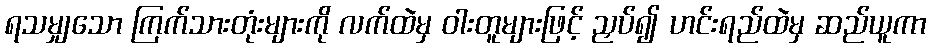
ရသမျှသော ကြက်သားတုံးများကို လက်ထဲမှ ဝါးတူများဖြင့် ညှပ်၍ ဟင်းရည်ထဲမှ ဆည်ယူကာ